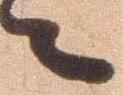
々